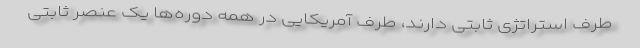
طرف استراتژی ثابتی دارند، طرف آمریکایی در همه دوره‌ها یک عنصر ثابتی